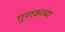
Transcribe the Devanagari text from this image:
गुणकाच्या